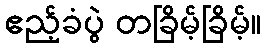
ဧည့်ခံပွဲ တခြိမ့်ခြိမ့်။